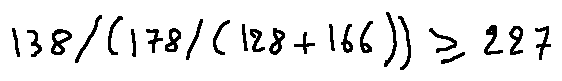
1 3 8 / ( 1 7 8 / ( 1 2 8 + 1 6 6 ) ) \geq 2 2 7